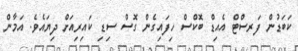
ކަބަޑުން ފަރސްޓް އެއިޑް ބޮކްސް ހިފައިގެން ގޮސް ސިޑި ކައިރިއަށް ދިޔައެވެ. އަމާން